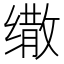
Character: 𰬷